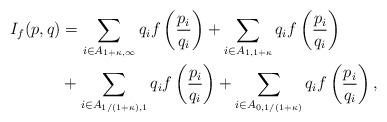
LaTeX: \begin{align*}I_f(p,q) &= \sum_{i \in A_{1+\kappa,\infty}} q_i f\left( \frac{p_i}{q_i} \right) + \sum_{i \in A_{1, 1+ \kappa}} q_if\left( \frac{p_i}{q_i} \right) \\&+ \sum_{i \in A_{1/(1+\kappa),1}}q_i f\left( \frac{p_i}{q_i} \right) + \sum_{i \in A_{0,1/(1+\kappa)}}q_if\left( \frac{p_i}{q_i} \right),\end{align*}